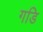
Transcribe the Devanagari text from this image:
गडि